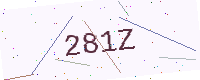
Text: 281Z